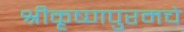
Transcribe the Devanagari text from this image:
श्रीकृष्णपुरमचे